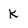
Character: k